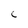
Character: C